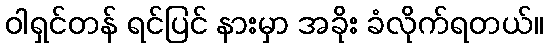
ဝါရှင်တန် ရင်ပြင် နားမှာ အခိုး ခံလိုက်ရတယ်။